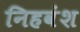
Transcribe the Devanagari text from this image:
निहवंश